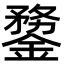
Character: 䥐